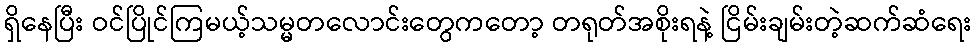
ရှိနေပြီး ဝင်ပြိုင်ကြမယ့်သမ္မတလောင်းတွေကတော့ တရုတ်အစိုးရနဲ့ ငြိမ်းချမ်းတဲ့ဆက်ဆံရေး